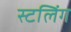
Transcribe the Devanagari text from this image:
स्टलिंग